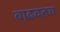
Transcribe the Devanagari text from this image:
वाढवतच